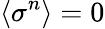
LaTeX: \langle\sigma^{n}\rangle=0